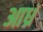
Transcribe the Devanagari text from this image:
आध्रं